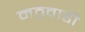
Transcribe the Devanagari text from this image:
मठवाडी